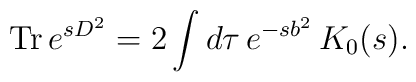
\mbox{ Tr}\, e^{s D^2} = 2 \int d \tau \, e^{-s b^2} \,K_0(s).